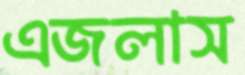
এজলাস